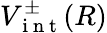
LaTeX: V_{\mathrm{~i~n~t~}}^{\pm}(R)